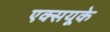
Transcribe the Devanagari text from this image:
एक्सयूके